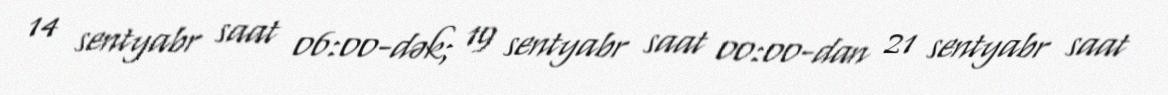
14 sentyabr saat 06:00-dək; 19 sentyabr saat 00:00-dan 21 sentyabr saat